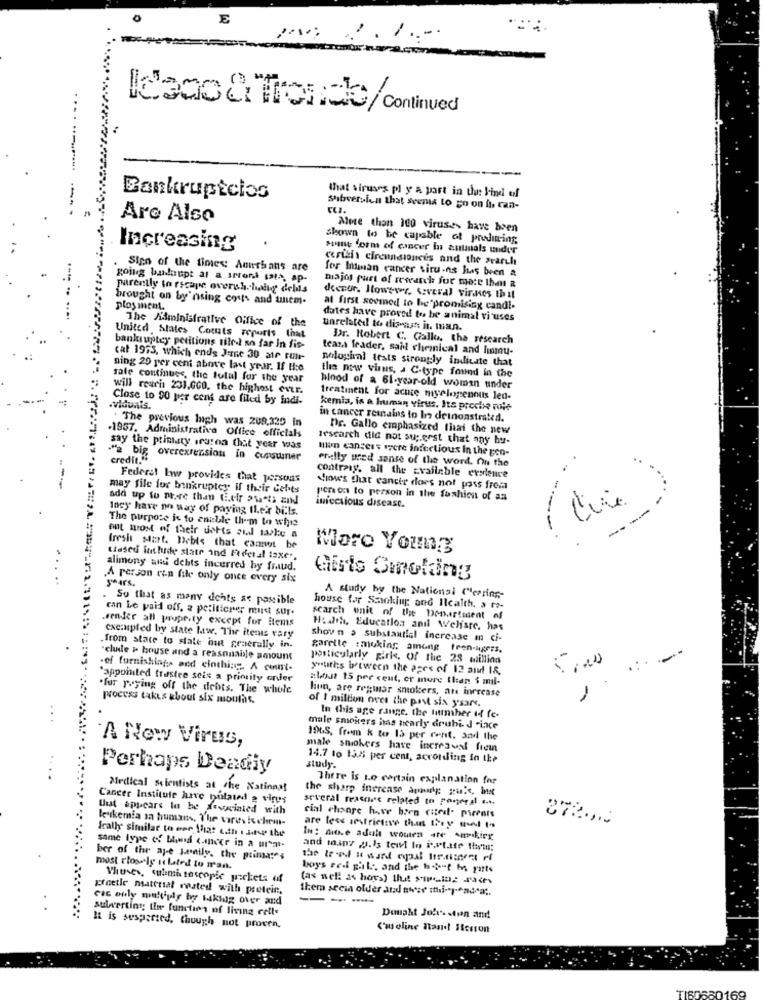
E
10:
1.1 ..-
Kč200 & Trende/Continued
Bankruptcios
that viruses pl y a part in the kind of
Subversion that seems to go on fi ran-
Are Also
Alose than 100 viruses have been
shown to be capable of producing,
Increasing
sont form of cancer h antials under
crisis circunstances and the search
Sign of the times: Amithans are
for Imman cancer situ -ns has been a
going budoupt at a smond ists, ap-
parently to escape oversh. haltg debls
miajos part of research for mare Ihot &
brought on by nsing costs and amem-
deentr. However, Several virkes that
ploy ment.
at first seemed to be promising candi-
dates have proved to be animal vi uses
The Administrative Office of the
unrelated to disays in. man.
United States Comuts reports that
Dr. Robert C. Gallo. the research
bankruptcy petitions tile-t so far In fis-
teaz frader, sait chemical and hamu-
cat 1973, which ends June 30 air ruir-
pological tests strongly indicate that
ning 20 per cent above last year. If H:e
sale continues, the total for the year
the new virus, a C-type found in the
will reach 231.660. the highest over.
blood of a 61-year-old woman under
Close to 90 per cent are filed by indi-
treatinent for acute myelopenous led-
.viduals.
kemia, is a human virus. Its proche role
The previous lagh was 208,325 In
in cancer reinains to In deinonstrated.
Dr. Gallo emphasized that the new
-1957. Administrative Office officials
research did not su ;. erst that any hur-
say the printy roron that year was
mon cancers were infectious In the gen-
a big overextension in cupsumner
credit."
emlly ured sense of the word. On the
Federal law provides that persons
contraas. all the available evalence
may file for bankrupter if their debts
How's that cancir does not pass froma
add up to more than EE.elf PAS EIN
person to person in the fashion of as
Incy have no way of paying their bils.
infectious disease.
The purpose is to enable them to whis
---
Ent most of their dohts aud take a
fresh Mart. Bebis that cannot be
Mare Young
trased inshuide state and Federal taxe ..
alimony and dehts incurred by fraud.
stars .
A person een file only once every six
Girls Sinoking
. So that as many dehts as possible
A study by the Nationsi Clearing-
can Le paid off. a periticres must sur.
house for Stacking and Ilcalth. a to-
.vender all prope.ty except for items
search unit of the Donertment of
Health, Education anil Welfare, has
cxc.apted by state law, The items vary
shovn > substantial increase mn ci-
.from state to state hun generally in.
garette :making among tren-agres.
-cludle > house and a reasonable amount
posticularly girke, Of the 23 million
....
-ef furnishings and clothing. A cent-
youths between the ages of 12 and 18.
"appointed frustre seis a primity onder
about 15 per cent, er more than $ mil-
.fur paying off the debts. The whole
lion, are regmar smokers, an increase
process takes about six months.
of I miltion over the past six youare.
In this age range, the tiumher of fe-
male smokers has nearly druhi. J -ixce
1965, from & to 13 per cent. and the
A New Virus,
male smokers have inereaval frein
14.7 to 138 per cent, according in the
Perhaps Deadly
study.
There is no certain explanation for
Medical Scientists at the Natinny!
the sharp inerense apauly pu's, inse
Cancer Institute have nulated a virus
several reasons related to poneral ....
But appears to be desainted with
le'skemia sa humans, The vores ischem-
cial chore have bien cited- parents
are less astrictsve than they med 1.
Ically similar to one 1hat 6.th ise the
In: dove adult wourn are Amikirg
same type of Mind cancer in a ur"at-
and toiny y.is teil lo Patate that;
ber of thr aj-e Lenily. the painsates
most closely ilated to man.
boys red gil -, and the h -? "t M parts
Thuses, sulimitescopie pockets of
(as well as hors) that siping Faces
greetle material coated with protein,
them seein older and swse thi-penosa ;.
cac auly multiply by taking over and
-
sulwerting the function of living cette
Dought Joh- ston and
It is sesparted, though not proven,
Cmoline Itand! Itesion